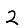
Digit: 2